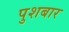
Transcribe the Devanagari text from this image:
पुशबार